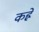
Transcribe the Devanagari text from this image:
कह्रे